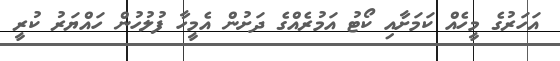
އަހަރުގެ މީހެއް ކަމަށާއި ކޯޓު އަމުރެއްގެ ދަށުން އެމީހާ ފުލުހުން ހައްޔަރު ކުރީ